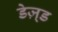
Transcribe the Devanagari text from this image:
डेज़्ड